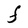
Character: F